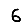
Digit: 6